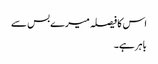
اس کا فیصلہ میرے بس سے
باہر ہے۔